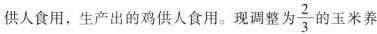
供人食用，生产出的鸡供人食用。现调整为\frac{2}{3}的玉米养